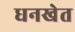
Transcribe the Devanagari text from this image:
धनखेत